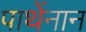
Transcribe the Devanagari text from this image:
पाथेंनान